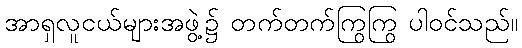
အာရှလူငယ်များအဖွဲ့၌ တက်တက်ကြွကြွ ပါဝင်သည်။